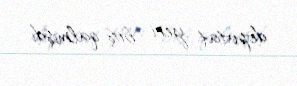
deputat yeri boş qalmışdı.